Lunatic asylums Burma 1907-21 - 1907-1921
Year: 1907
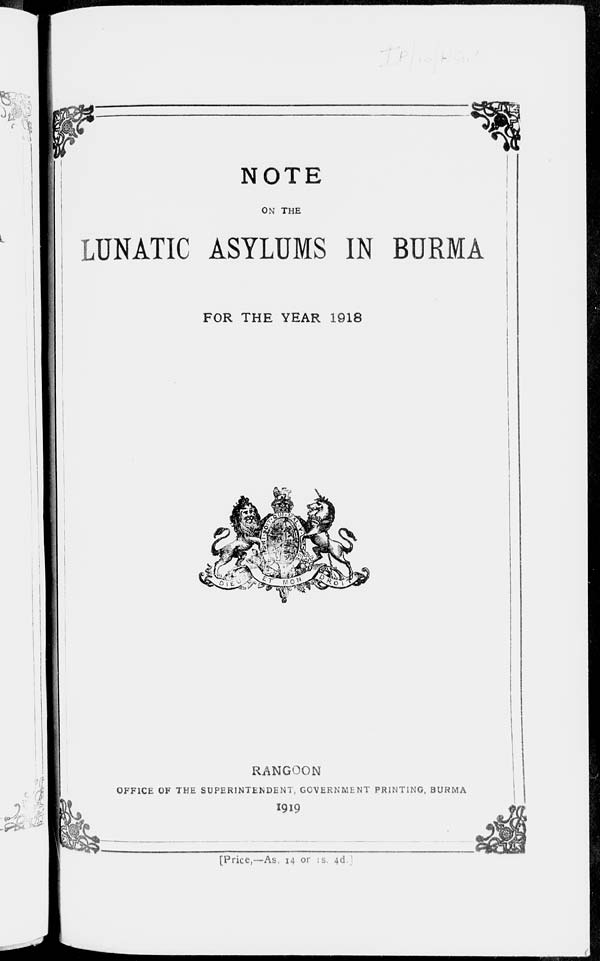
NOTE
ON THE
LUNATIC ASYLUMS IN BURMA
FOR THE YEAR 1918
RANGOON
OFFICE OF THE SUPERINTENDENT, GOVERNMENT PRINTING, BURMA
1919
[Price,—As. 14 or 1s. 4d.]